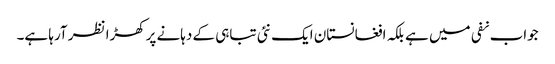
جواب نفی میں ہے بلکہ افغانستان ایک نئی تباہی کے دہانے پرکھڑا نظر آرہا ہے۔